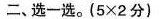
二、选一选。($$5 × 2$$分)